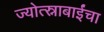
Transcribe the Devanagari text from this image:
ज्योत्स्नाबाईंचा